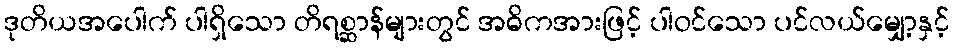
ဒုတိယအပေါက် ပါရှိသော တိရစ္ဆာန်များတွင် အဓိကအားဖြင့် ပါဝင်သော ပင်လယ်မျှော့နှင့်